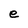
Character: e